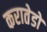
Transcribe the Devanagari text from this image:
करातेडो